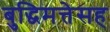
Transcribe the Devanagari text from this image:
बुद्धिमत्तेसह